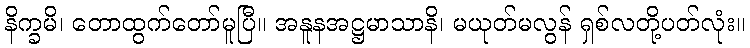
နိက္ခမိ၊ တောထွက်တော်မူပြီ။ အနူနအဋ္ဌမာသာနိ၊ မယုတ်မလွန် ရှစ်လတို့ပတ်လုံး။